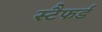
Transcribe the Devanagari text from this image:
स्टैफर्ड